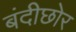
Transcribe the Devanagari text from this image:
बंदीछोर